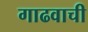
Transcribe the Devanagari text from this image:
गाढवाची